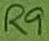
Text: R9